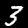
Label: 3